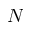
N